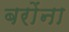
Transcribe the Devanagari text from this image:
बरोंना